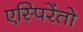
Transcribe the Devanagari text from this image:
एस्पिरेंतो